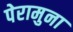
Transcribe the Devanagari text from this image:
पेरामुना